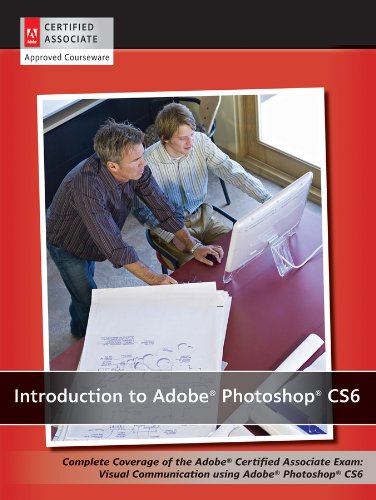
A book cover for Introduction to Adobe Photoshop CS6 with ACA Certification; AGI Creative Team; Computers & Technology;